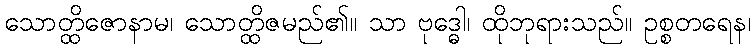
သောတ္ထိဇောနာမ၊ သောတ္ထိဇမည်၏။ သာ ဗုဒ္ဓေါ၊ ထိုဘုရားသည်။ ဥစ္စတရေန၊